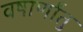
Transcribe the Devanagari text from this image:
वषार्णांतु